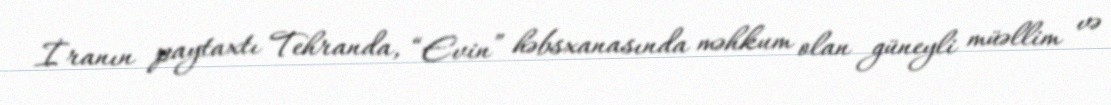
İranın paytaxtı Tehranda, “Evin” həbsxanasında məhkum olan güneyli müəllim və